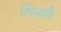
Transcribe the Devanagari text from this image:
लिखति